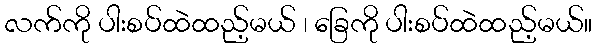
လက်ကို ပါးစပ်ထဲထည့်မယ် ၊ ခြေကို ပါးစပ်ထဲထည့်မယ်။